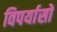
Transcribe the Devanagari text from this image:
विपर्यासों